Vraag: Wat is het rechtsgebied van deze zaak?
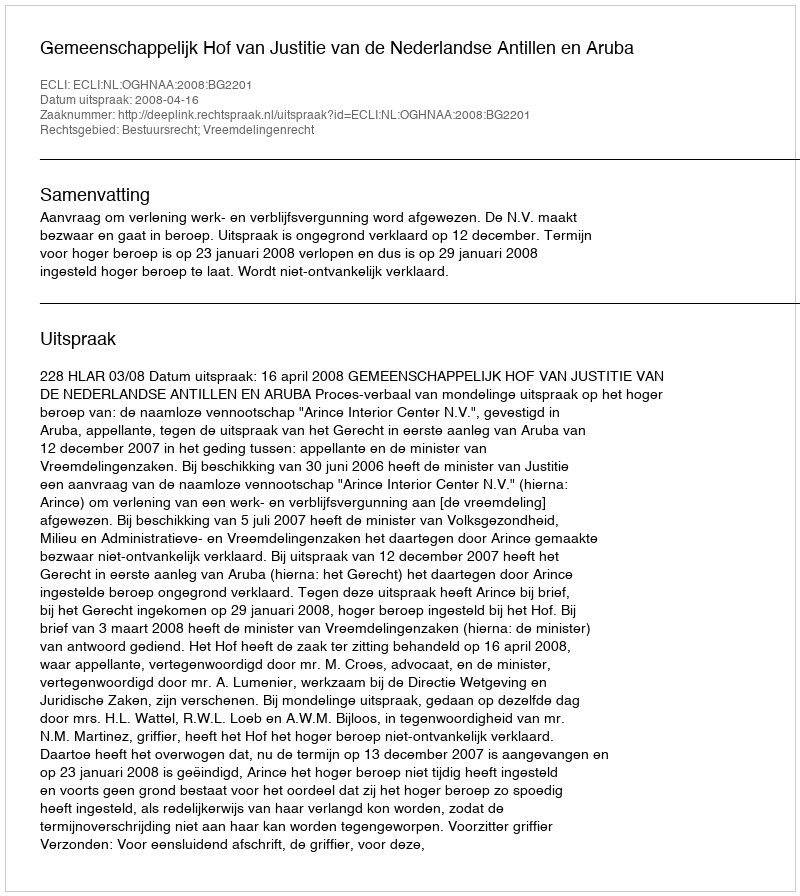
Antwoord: Bestuursrecht; Vreemdelingenrecht